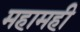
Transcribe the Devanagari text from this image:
महामही